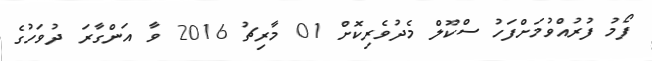
ފޯމު ފުރުއްވުމަށްފަހު ސްކޫލް މެދުވެރިކޮށް 01 މާރިޗު 2016 ވާ އަންގާރަ ދުވަހުގެ